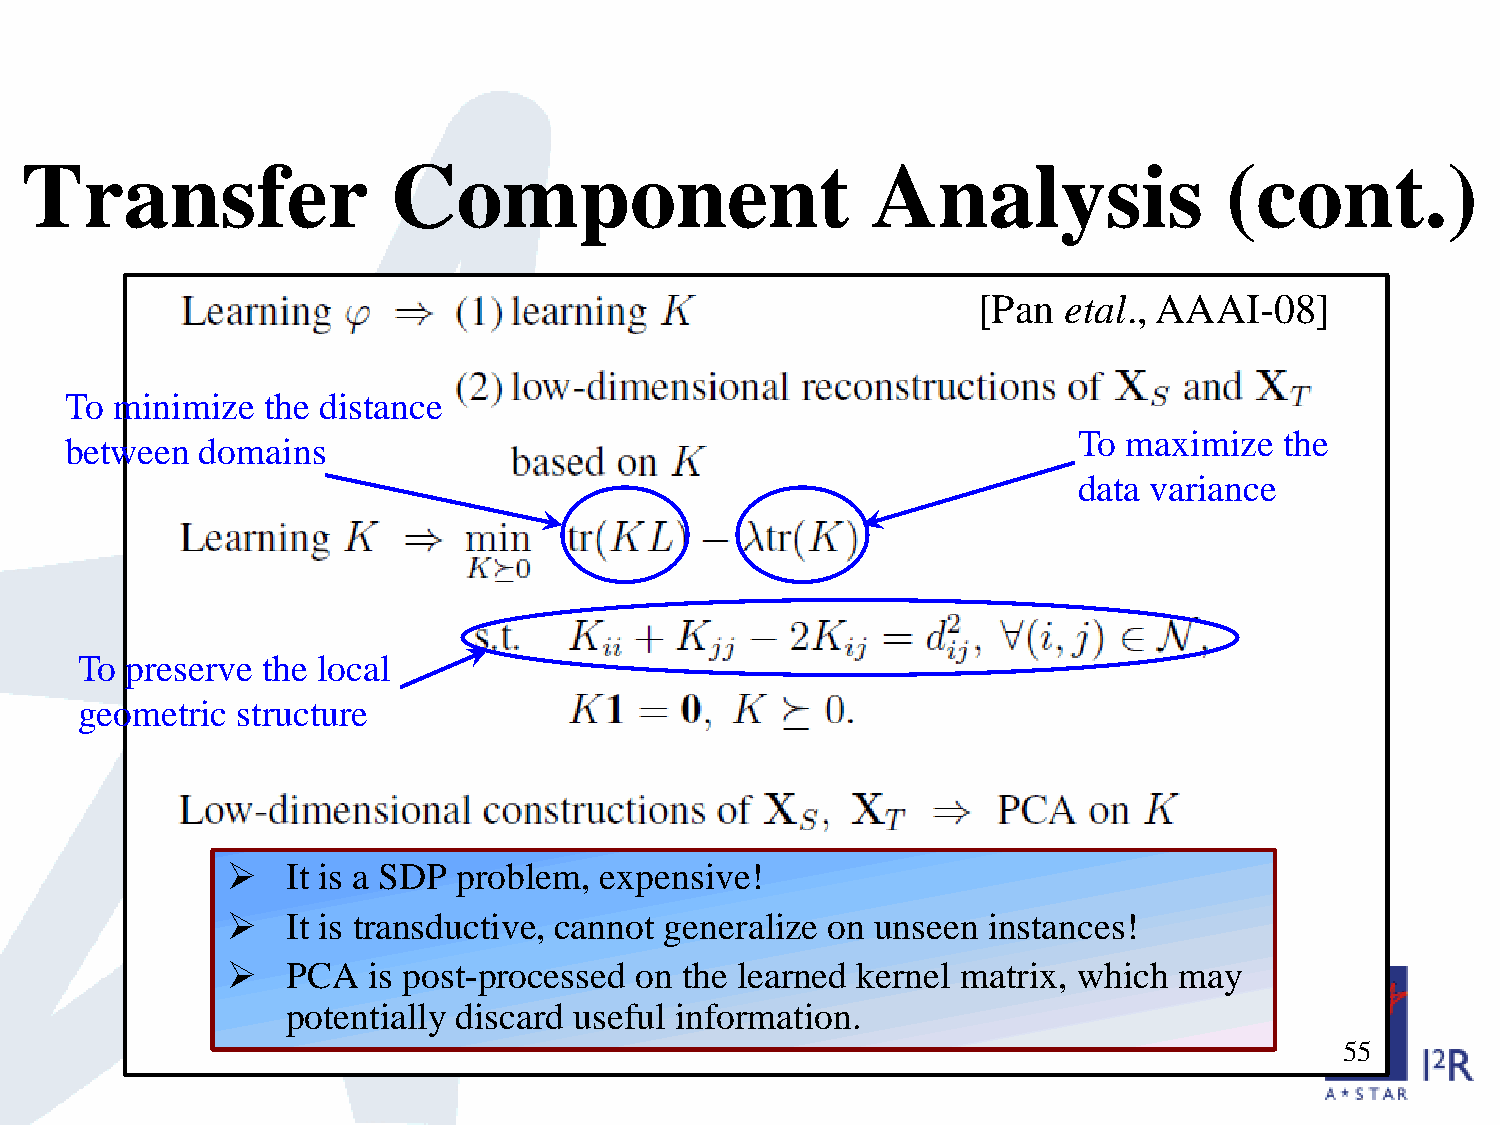
Transfer                 Component                       Analysis               (cont.)
 [Pan etal., AAAI-08]
 To minimize  the distance
 To  maximize  the
 between  domains
 data variance
 To preserve the local
 geometric  structure
    It is a SDP problem, expensive!
    It is transductive, cannot generalize on unseen instances!
    PCA  is post-processed on the learned kernel matrix, which may
 potentially discard useful information.
 55